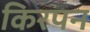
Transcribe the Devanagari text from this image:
किरपन